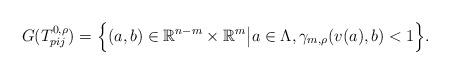
LaTeX: \begin{align*}G(T_{pij}^{0,\rho})=\Big\{(a,b)\in\mathbb{R}^{n-m}\times\mathbb{R}^m\big| a\in \Lambda,\gamma_{m,\rho}(v(a),b)<1\Big\}.\end{align*}